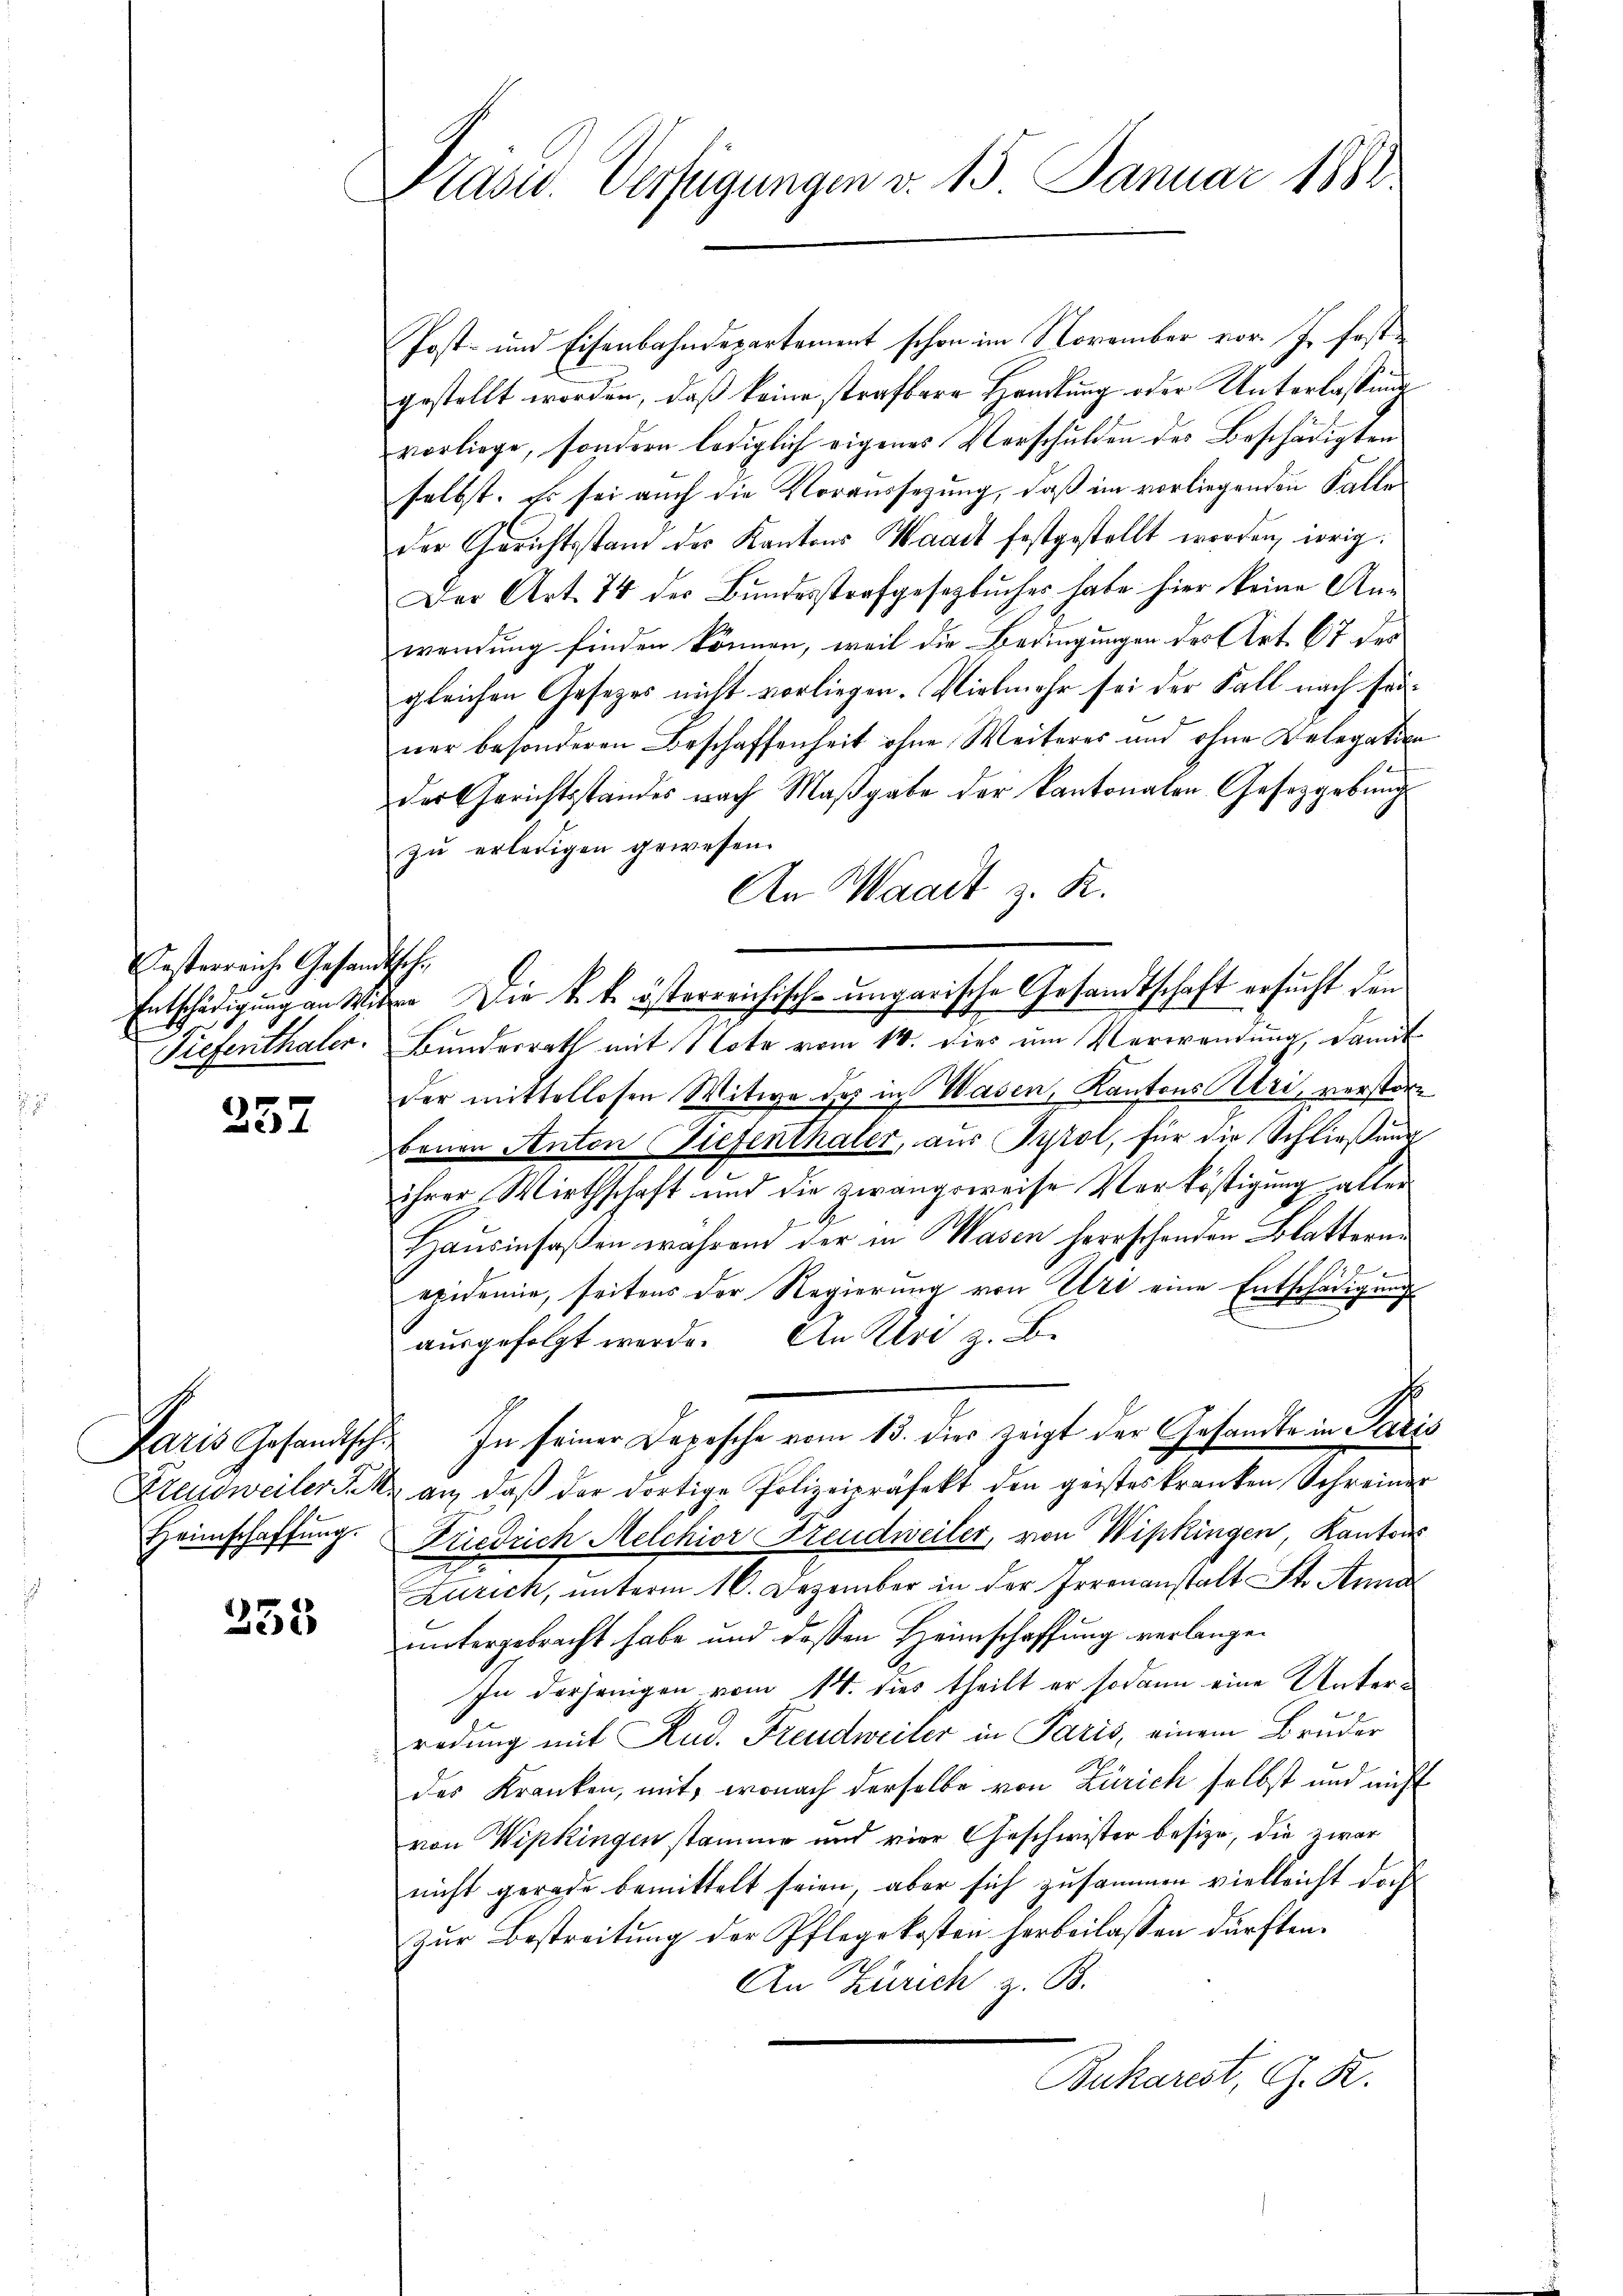
Testerreiche Gesandtsche

357

Heimschaffung.

338

Kasw. Verfügungen v. 15. Januar 1882

Post- und Eisenbahndepartement schon im November vor. J. fest
gestellt worden, daß keine strafbare Handlung oder Unterlassung
vorliege, sondern lediglich eigenes Verschulden des Beschädigten
selbst. Es sei auch die Voraussezung, daß im vorliegenden Falle
der Gerichtsstand der Kantons Waadt festgestellt worden, irrig.
Der Art. 74 der Bŭndesstrafgesetzbucher habe hier keine An-
wendung finden können, weil die Bedingungen der Art. 67 des
gleichen Gesetzes nicht vorliegen. Vielmehr sei der Fall nach seiner besonderen Beschaffenheit ohne Weiteres und ohne Relegation
der Gerichtsstandes nach Maβgabe der Kantonalen Gesetzgebung
zu erledigen gewesen.
An Waadt z. K.
Entschädigung an Witzer Die k. k. österreichisch-ungarische Gesandtschaft ersucht den
Tiefenthaler. Bunderrath mit Note vom 14. dies um Verwendung, damit
der mittellosen Witwe des in Wasen, Kantons Cri, verstöre
benen Anton Tiefenthaler, aus Tyrol, für die Schließung
ihrer Wirthschaft und die zwangsweise Verköstigung aller
Hausinsaßen während der in Masen herrschenden Blatterne
epidemie, seitens der Regierung von Uri eine Entschädigung
ausgefolgt werde. An Uri z. B.
Paris Gesandtsch In seiner Depesche vom 13. dies zeigt der Gesandte in Paris
Freudweilers an, daβ der dortige Polizeipräfekt den geisteskranken Schreiner
Friedrich Melchior Freudweiler, von Wipkingen, Kantons
Zürich, unterm 16. Dezember in der Irrenanstalt St. Anna
untergebracht habe und dessen Heimschaffung verlangen
In derjenigen vom 14. dies theilt er sodann eine Unterredung mit Rud. Freudweiler in Paris, einem Bruder
des Kranken, mit, wonach derselbe von Zürich selbst und nicht
von Wipkingen stamme und vier Geschwister besize, die zwar
nicht gerade bemittelt seien, aber sich zusammen vielleicht doch
zur Bestreitung der Pflegekosten herbeilassen dürften.
An Zürich z. B.
Bukarest, G. K.